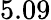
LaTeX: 5.09